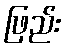
ဖြည်း